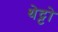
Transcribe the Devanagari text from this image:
थेट्टो